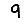
Digit: 9